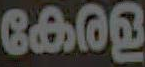
കേരള